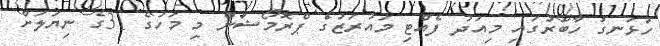
ހުޅަނގު ހާބަރުގައި މިއަދު ފެއްޓި މައުރަޒުގެ ޕްރޮމޯޝަން މި މަހުގެ 31ގެ ނިޔަލަށް